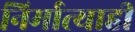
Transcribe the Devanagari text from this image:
निर्मात्याही